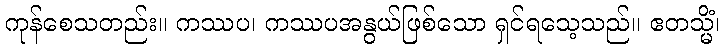
ကုန်စေသတည်း။ ကဿပ၊ ကဿပအနွယ်ဖြစ်သော ရှင်ရသေ့သည်။ ဧတသ္မိံ၊